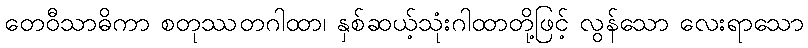
တေဝီသာဓိကာ စတုဿတဂါထာ၊ နှစ်ဆယ့်သုံးဂါထာတို့ဖြင့် လွန်သော လေးရာသော